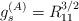
LaTeX: \begin{align*}g_s^{(A)}= R_{11}^{3/2}\end{align*}